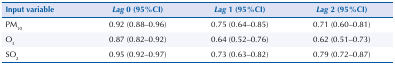
<table><thead><tr><td><b>Input variable</b></td><td><b><i>Lag</i> 0 (95%CI)</b></td><td><b><i>Lag</i> 1 (95%CI)</b></td><td><b><i>Lag</i> 2 (95%CI)</b></td></tr></thead><tbody><tr><td>PM<sub>10</sub></td><td>0.92 (0.88–0.96)</td><td>0.75 (0.64–0.85)</td><td>0.71 (0.60–0.81)</td></tr><tr><td>O<sub>3</sub></td><td>0.87 (0.82–0.92)</td><td>0.64 (0.52–0.76)</td><td>0.62 (0.51–0.73)</td></tr><tr><td>SO<sub>2</sub></td><td>0.95 (0.92–0.97)</td><td>0.73 (0.63–0.82)</td><td>0.79 (0.72–0.87)</td></tr></tbody></table>